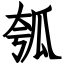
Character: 瓠